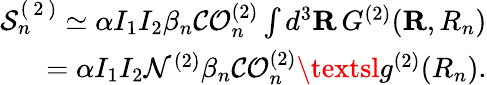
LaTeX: \begin{array}{r}{\mathcal{S}_{n}^{(\mathrm{~2~})}\simeq\alpha I_{1}I_{2}\beta_{{n}}\mathcal{CO}_{n}^{(2)}\int d^{3}\mathbf{R}\, {G^{(2)}}(\mathbf{R},R_{n})}\\ {=\alpha I_{1}I_{2}\mathcal{N}^{(2)}\beta_{n}\mathcal{CO}_{n}^{(2)}\textsl{g}^{(2)}(R_{n}).}\end{array}